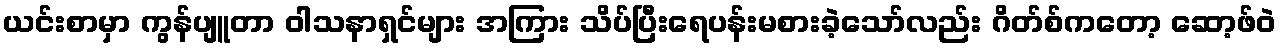
ယင်းစာမှာ ကွန်ပျူတာ ဝါသနာရှင်များ အကြား သိပ်ပြီးရေပန်းမစားခဲ့သော်လည်း ဂိတ်စ်ကတော့ ဆော့ဖ်ဝဲ